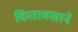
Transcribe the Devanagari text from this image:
किताबखाने